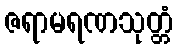
ဇရာမရဏသုတ္တံ